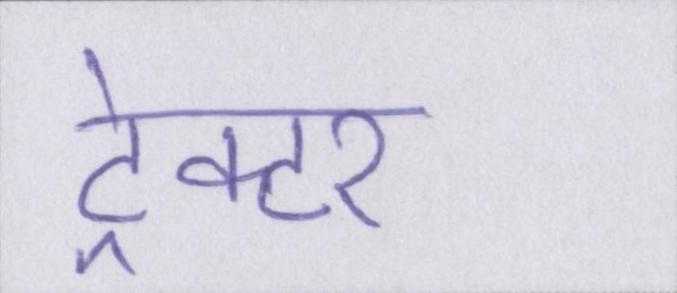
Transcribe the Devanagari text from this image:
ट्रेक्टर